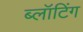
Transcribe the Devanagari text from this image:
ब्लॉटिंग